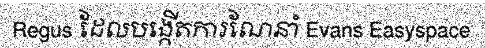
Regus ដែលបង្កើតការណែនាំ Evans Easyspace